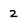
Character: 2